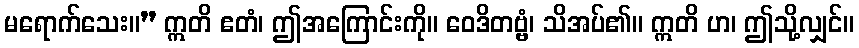
မရောက်သေး။” ဣတိ ဧတံ၊ ဤအကြောင်းကို။ ဝေဒိတဗ္ဗံ၊ သိအပ်၏။ ဣတိ ဟ၊ ဤသို့လျှင်။